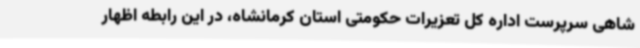
شاهی سرپرست اداره کل تعزیرات حکومتی استان کرمانشاه، در این رابطه اظهار